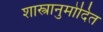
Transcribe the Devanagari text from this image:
शास्त्रानुमोदित